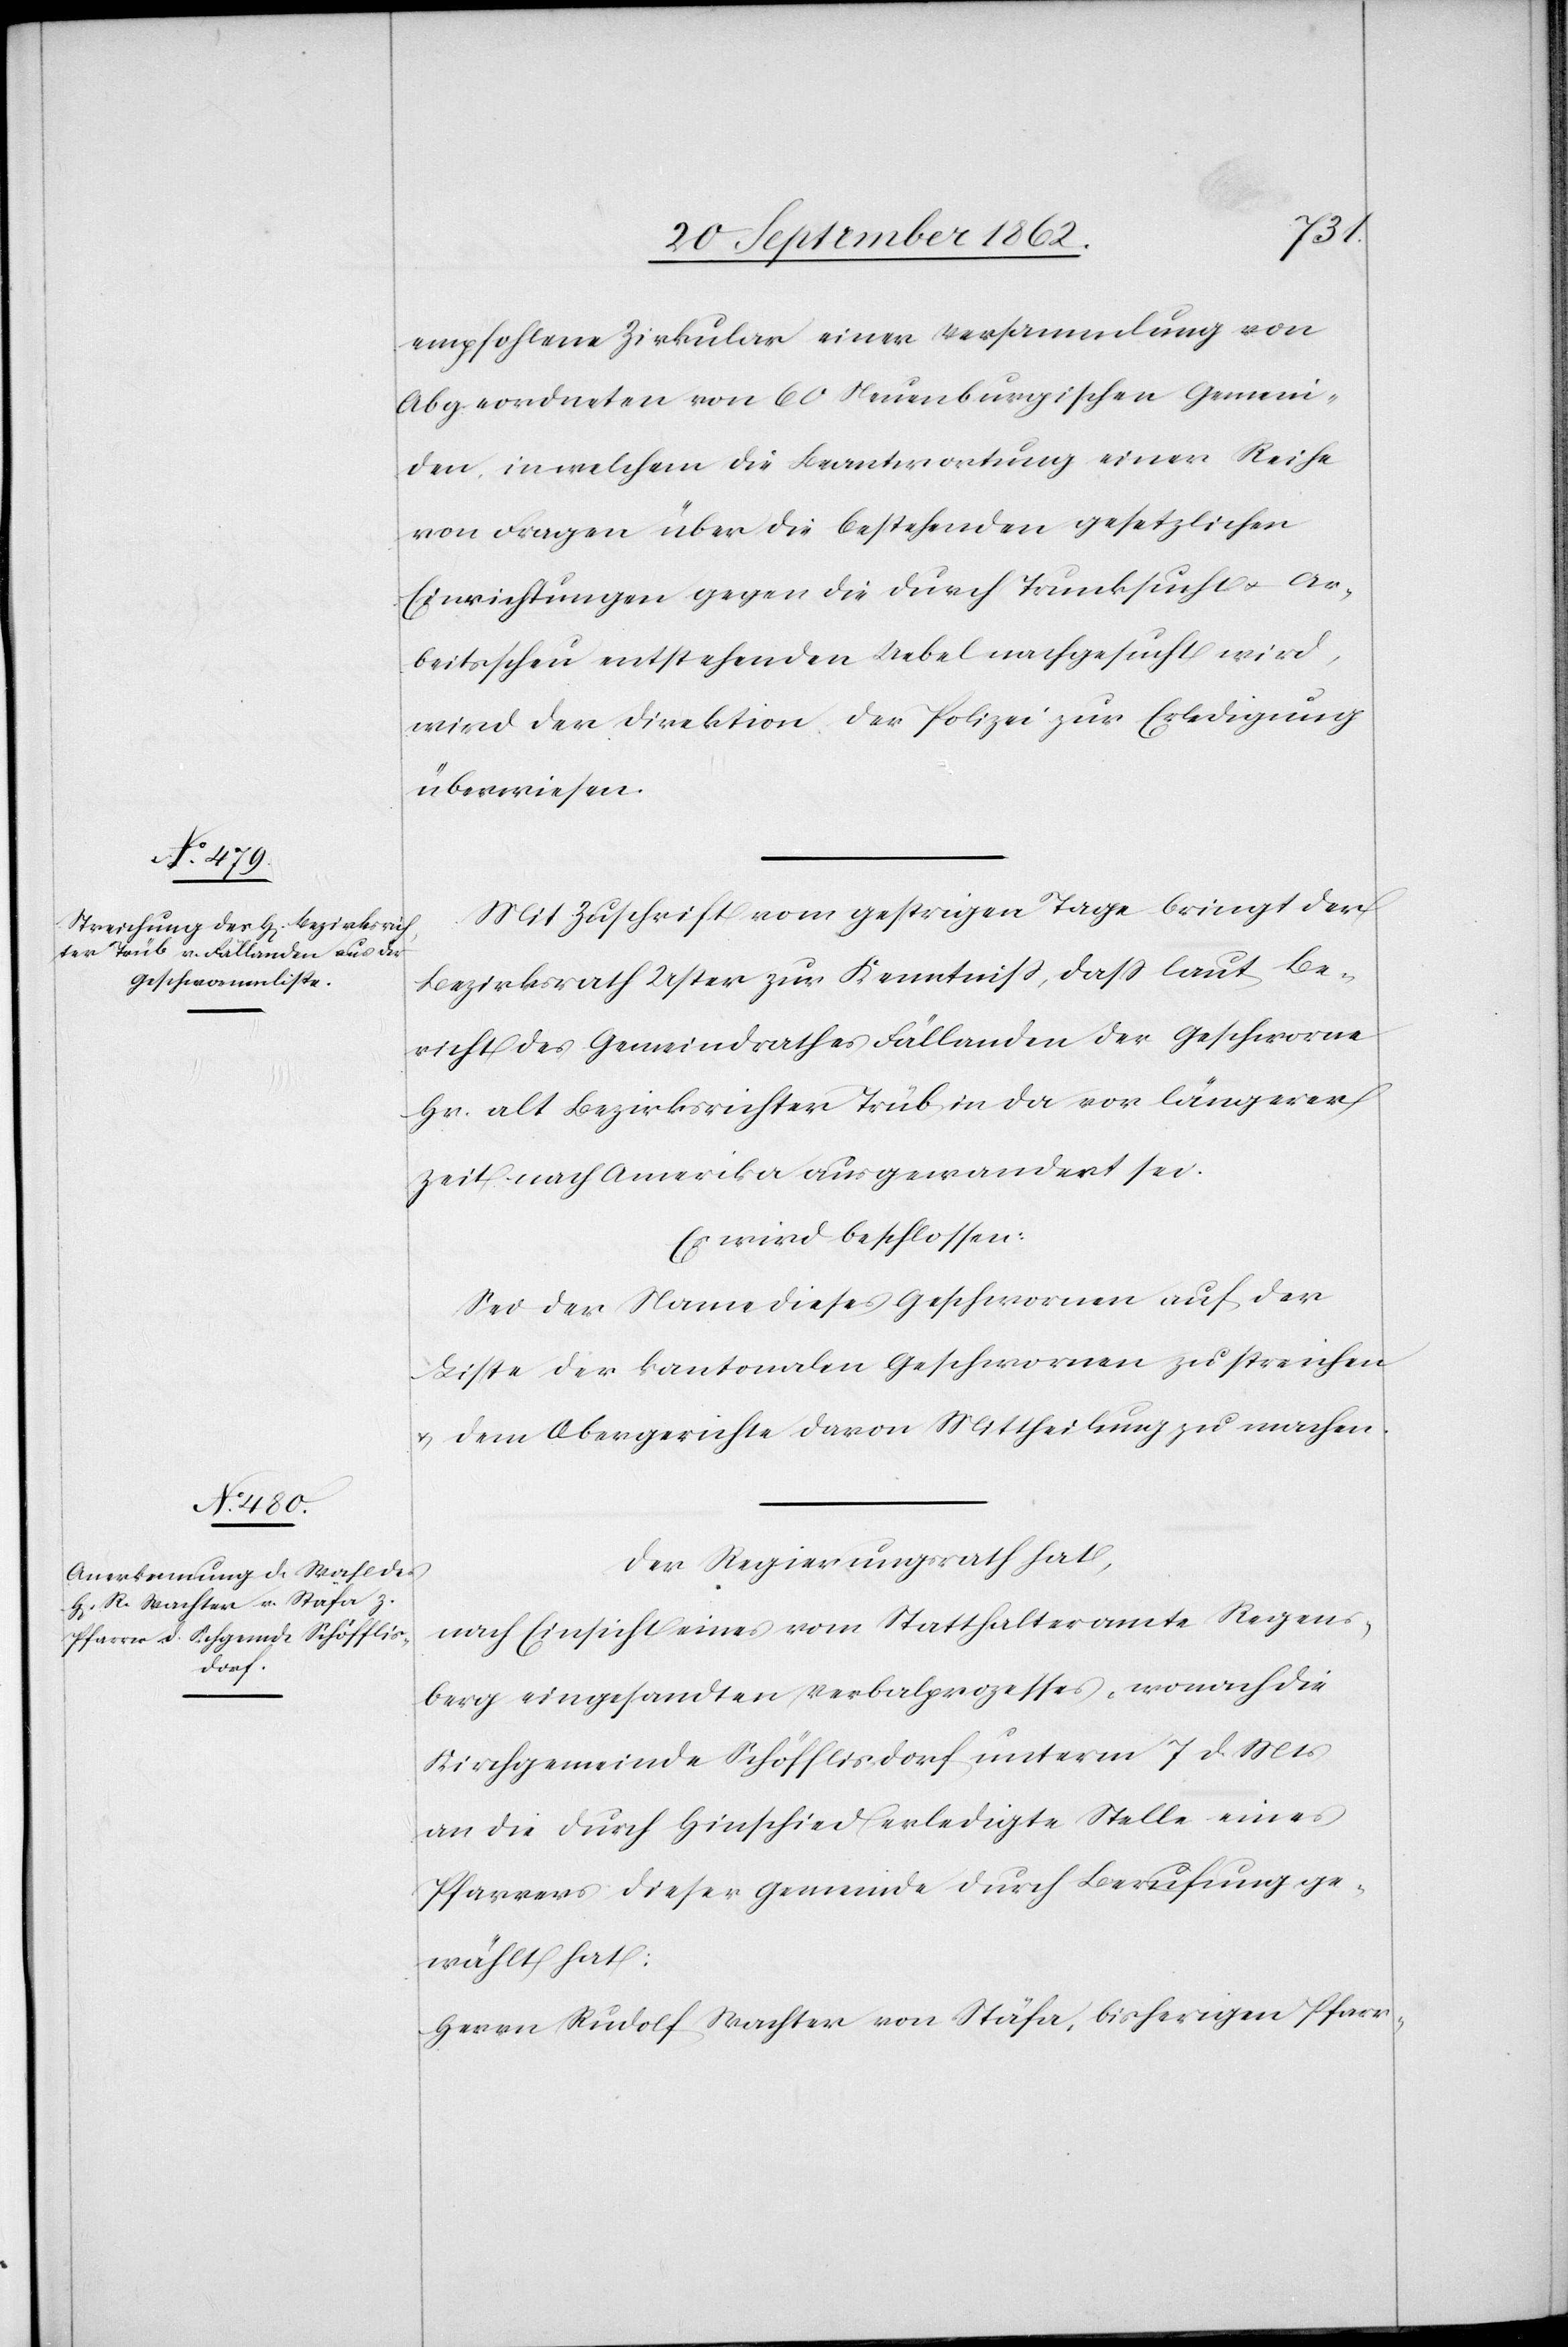
empfohlene Zirkular einer Versammlung von
Abgeordneten von 60 Neuenburgischen Gemein¬
den, in welchem die Beantwortung einer Reihe
von Fragen über die bestehenden gesetzlichen
Einrichtungen gegen die durch Trunksucht u. Ar¬
beitsscheu entstehenden Uebel nachgesucht wird,
wird der Direktion der Polizei zur Erledigung
überwiesen.
Mit Zuschrift vom gestrigen Tage bringt der
Bezirksrath Uster zur Kenntniß, daß laut Be¬
richt des Gemeindrathe Fällanden der Geschworne
Hr. alt Bezirksrichter Trüb in da vor längerer
Zeit nach Amerika ausgewandert sei.
Es wird beschlossen:
Sei der Name dieses Geschwornen auf der
Liste der kantonalen Geschwornen zu streichen
u. dem Obergerichte davon Mittheilung zu machen.
Der Regierungsrath hat,
nach Einsicht eines vom Statthalteramte Regens¬
berg eingesandten Verbalprozesses, wonach die
Kirchgemeinde Schöfflisdorf unterm 7. d. Mts.
an die durch Hinschied erledigte Stelle eines
Pfarrer dieser Gemeinde durch Berufung ge¬
wählt hat:
Herrn Rudolf Wachter von Stäfa, bisherigen Pfarr-